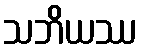
သဘိယဿ